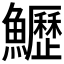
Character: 𩽏